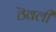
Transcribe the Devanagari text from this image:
ठॆवली